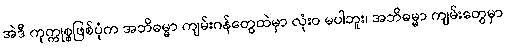
အဲဒီ ကုက္ကုစ္စဖြစ်ပုံက အဘိဓမ္မာ ကျမ်းဂန်တွေထဲမှာ လုံးဝ မပါဘူး၊ အဘိဓမ္မာ ကျမ်းတွေမှာ